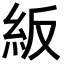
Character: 𥾵